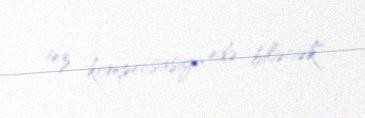
tez kompensasiya edə biləcək".